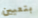
بتعيين